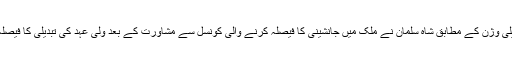
العربیہ ٹیلی وژن کے مطابق شاہ سلمان نے ملک میں جانشینی کا فیصلہ کرنے والی کونسل سے مشاورت کے بعد ولی عہد کی تبدیلی کا فیصلہ کیا ہے۔